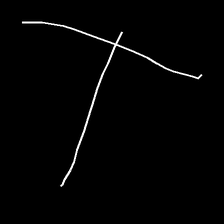
Glyph: column